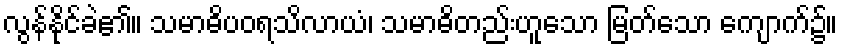
လွန်နိုင်ခဲ၏။ သမာဓိပဝရသိလာယံ၊ သမာဓိတည်းဟူသော မြတ်သော ကျောက်၌။